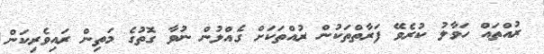
ރުއްތައް ހަވާލު ކުރެވޭ ފަރާތްތަކުން ރުއްތަކަށް ގެއްލުން ނުވާ ގޮތުގެ މަތިން ރައިވެރިކަން